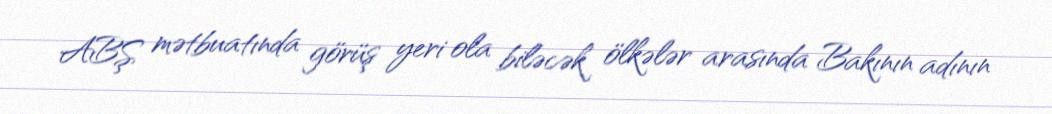
ABŞ mətbuatında görüş yeri ola biləcək ölkələr arasında Bakının adının